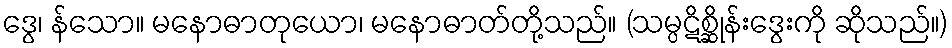
ဒွေ၊ န်သော။ မနောဓာတုယော၊ မနောဓာတ်တို့သည်။ (သမ္ပဋိစ္ဆိုန်းဒွေးကို ဆိုသည်။)